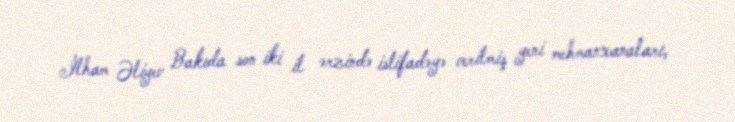
İlham Əliyev Bakıda son iki il ərzində istifadəyə verilmiş yeni mehmanxanaları,